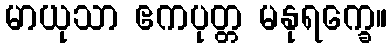
မာယုသာ ဧကပုတ္တ မနုရက္ခေ။